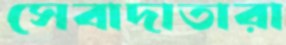
সেবাদাতারা